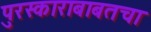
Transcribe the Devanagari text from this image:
पुरस्काराबाबतचा